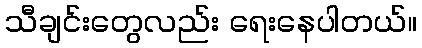
သီချင်းတွေလည်း ရေးနေပါတယ်။